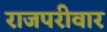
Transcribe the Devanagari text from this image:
राजपरीवार